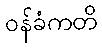
ဝန်ခံကတိ